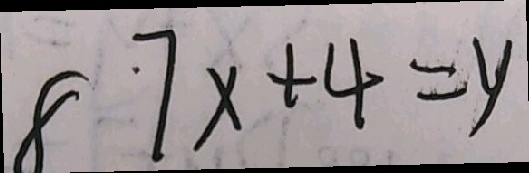
8 7 x + 4 = y